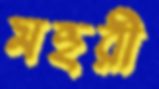
মহুরী